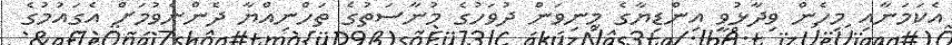
އެކަމަނާއި މިހެން ވިދާޅުވީ އިންޑިޔާގެ މިނިވަން ދުވަހުގެ މުނާސަތުގެ ތަހްނިއްޔާ ދެންނެވުމަށް އެގައުމުގެ